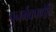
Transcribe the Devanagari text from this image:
पुनर्भवपणेहि